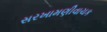
સરખામણીવાચક